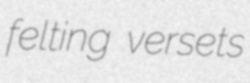
felting versets